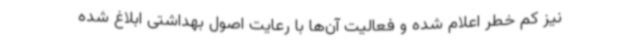
نیز کم خطر اعلام شده و فعالیت آن‌ها با رعایت اصول بهداشتی ابلاغ شده